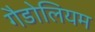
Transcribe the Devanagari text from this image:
गैडोलियम